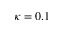
\kappa = 0 . 1